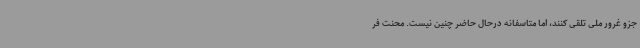
جزو غرور ملی تلقی کنند، اما متاسفانه درحال حاضر چنین نیست. محنت فر